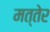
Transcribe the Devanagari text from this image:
मत्तेर